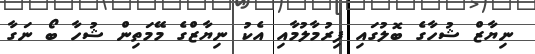
ނިޔާޒް ޝުހާގެ ބޮލުގައި ފިރުމާލުމާއި އެކު ނިޔާޒްގެ މޭމަތިން ޝުހާ ބޯ ނަގާ